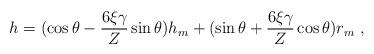
LaTeX: \begin{align*}h = (\cos \theta - \frac{6 \xi \gamma}{Z} \sin \theta ) h_m + (\sin \theta + \frac{6 \xi \gamma}{Z} \cos \theta) r_m \hbox{ , }\end{align*}